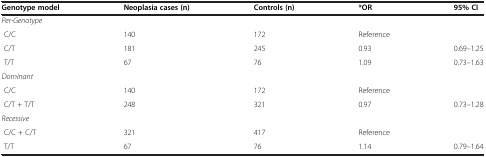
<table><thead><tr><td><b>Genotype model</b></td><td><b>Neoplasia cases (n)</b></td><td><b>Controls (n)</b></td><td><b>*OR</b></td><td><b>95% CI</b></td></tr></thead><tbody><tr><td colspan="5"><i>Per-Genotype</i></td></tr><tr><td> C/C</td><td>140</td><td>172</td><td>Reference</td><td> </td></tr><tr><td> C/T</td><td>181</td><td>245</td><td>0.93</td><td>0.69–1.25</td></tr><tr><td> T/T</td><td>67</td><td>76</td><td>1.09</td><td>0.73–1.63</td></tr><tr><td colspan="5"><i>Dominant</i></td></tr><tr><td> C/C</td><td>140</td><td>172</td><td>Reference</td><td> </td></tr><tr><td> C/T + T/T</td><td>248</td><td>321</td><td>0.97</td><td>0.73–1.28</td></tr><tr><td colspan="5"><i>Recessive</i></td></tr><tr><td> C/C + C/T</td><td>321</td><td>417</td><td>Reference</td><td> </td></tr><tr><td> T/T</td><td>67</td><td>76</td><td>1.14</td><td>0.79–1.64</td></tr></tbody></table>